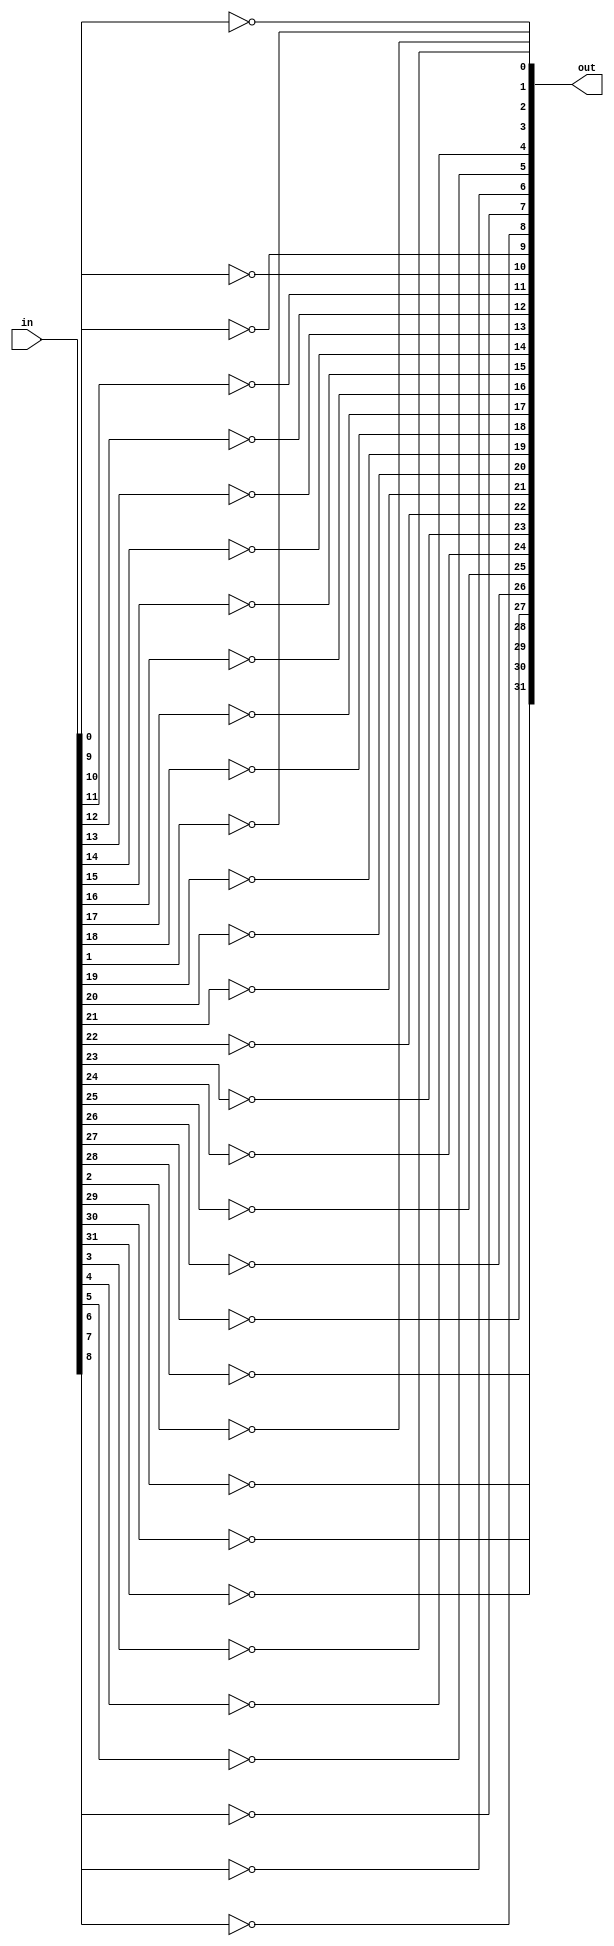
module not_32 (out, in);
input [31:0] in;
output [31:0] out;

not not1(out[0], in[0]),
	not2(out[1], in[1]),
	not3(out[2], in[2]),
	not4(out[3], in[3]),
	not5(out[4], in[4]),
	not6(out[5], in[5]),
	not7(out[6], in[6]),
	not8(out[7], in[7]),
	not9(out[8], in[8]),
	not10(out[9], in[9]),
	not11(out[10], in[10]),
	not12(out[11], in[11]),
	not13(out[12], in[12]),
	not14(out[13], in[13]),
	not15(out[14], in[14]),
	not16(out[15], in[15]),
	not17(out[16], in[16]),
	not18(out[17], in[17]),
	not19(out[18], in[18]),
	not20(out[19], in[19]),
	not21(out[20], in[20]),
	not22(out[21], in[21]),
	not23(out[22], in[22]),
	not24(out[23], in[23]),
	not25(out[24], in[24]),
	not26(out[25], in[25]),
	not27(out[26], in[26]),
	not28(out[27], in[27]),
	not29(out[28], in[28]),
	not30(out[29], in[29]),
	not31(out[30], in[30]),
	not32(out[31], in[31]);
	
endmodule